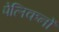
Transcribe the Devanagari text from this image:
पेलिकनों